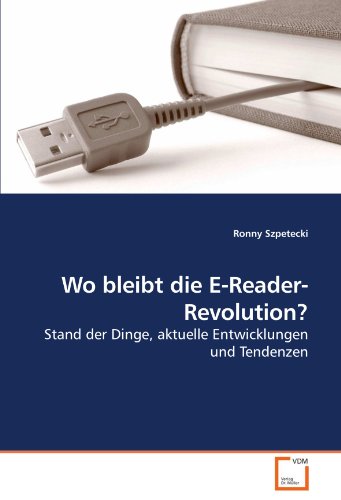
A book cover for Wo bleibt die E-Reader-Revolution?: Stand der Dinge, aktuelle Entwicklungen und Tendenzen (German Edition); Ronny Szpetecki; Computers & Technology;